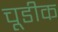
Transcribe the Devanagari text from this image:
चूडीक